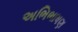
અભિભાષણ